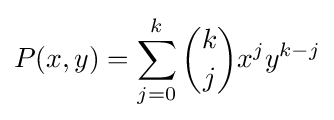
P(x,y)=\sum \limits _{j=0}^{k}{{\binom {k}{j}}x^{j}y^{k-j}}